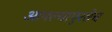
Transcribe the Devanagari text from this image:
आपल्यापुरतेच